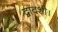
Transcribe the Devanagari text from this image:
द्वादशी।